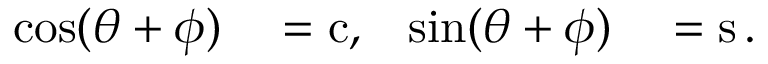
\begin{array} { r l r l } { \cos ( \theta + \phi ) } & { { } = \operatorname { c } , } & { \sin ( \theta + \phi ) } & { { } = \operatorname { s } . } \end{array}